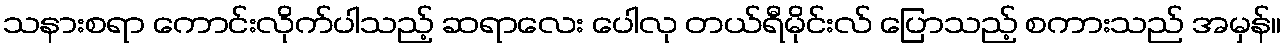
သနားစရာ ကောင်းလိုက်ပါသည့် ဆရာလေး ပေါလု တယ်ရီမိုင်းလ် ပြောသည့် စကားသည် အမှန်။